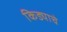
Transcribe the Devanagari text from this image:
किड्याचे